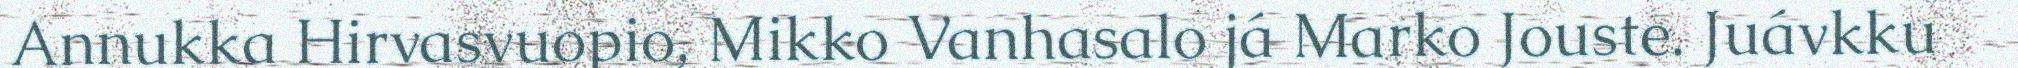
Annukka Hirvasvuopio, Mikko Vanhasalo já Marko Jouste. Juávkku